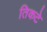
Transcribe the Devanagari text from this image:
तिकटे